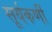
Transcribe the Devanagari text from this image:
सूर्यकर्णी